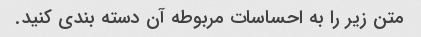
متن زیر را به احساسات مربوطه آن دسته بندی کنید.